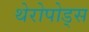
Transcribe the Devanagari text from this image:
थेरोपोड्स